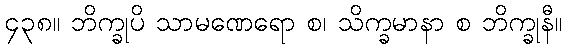
၄၃၈။ ဘိက္ခုပိ သာမဏေရော စ၊ သိက္ခမာနာ စ ဘိက္ခုနီ။